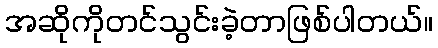
အဆိုကိုတင်သွင်းခဲ့တာဖြစ်ပါတယ်။